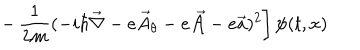
\left. - \, \frac { 1 } { 2 m } ( - i \hbar { \vec { \nabla } } - e { \vec { A } } _ { \theta } - e { \vec { \cal A } } - e { \vec { a } } ) ^ { 2 } \right] \psi ( t , x )